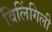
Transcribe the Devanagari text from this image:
विलिंगिली